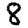
Digit: 8